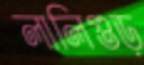
লালিগুড়